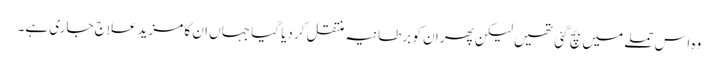
وہ اس حملے میں بچ گئی تھیں لیکن پھر ان کو برطانیہ منتقل کر دیا گیا جہاں ان کا مزید علاج جاری ہے۔